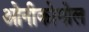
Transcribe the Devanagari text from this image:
ओनीकोगोल